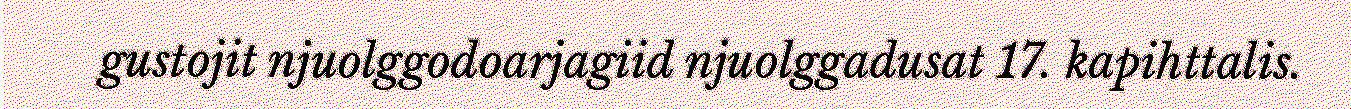
gustojit njuolggodoarjagiid njuolggadusat 17. kapihttalis.